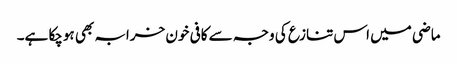
ماضی میں اس تنازع کی وجہ سے کافی خون خرابہ بھی ہوچکا ہے۔